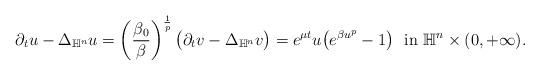
LaTeX: \begin{align*}\partial_{t}u-\Delta_{\mathbb{H}^{n}} u=\left(\frac{\beta_{0}}{\beta}\right)^{\frac{1}{p}} \big(\partial_{t}v-\Delta_{\mathbb{H}^{n}} v\big)=e^{\mu t}u\big( e^{\beta u^{p}}-1\big)~\hbox{ in } \mathbb{H}^{n}\times (0, +\infty). \\\end{align*}